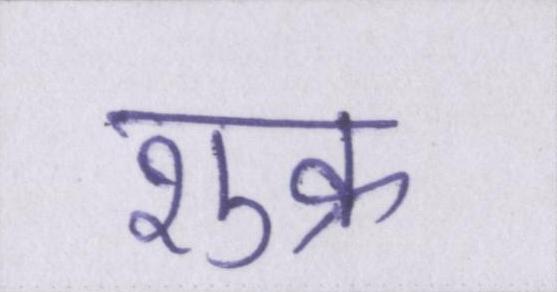
शुक्र